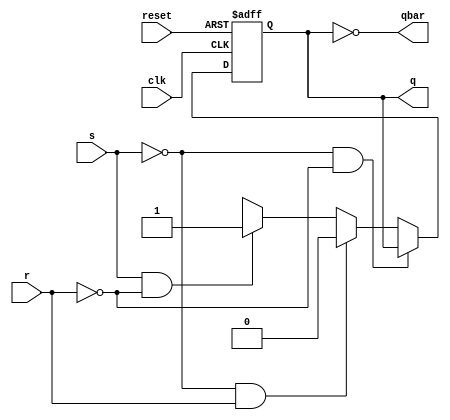
module sr_flipflop(input s,
                   input r,
                  input clk,
                   input reset,
                  output reg q,
                   output reg qbar);
  always @(posedge clk or negedge reset)begin
    if (~reset)
      q=0;
   else if(s==0 && r==0)begin
        q<=q;
    end
    else if(s==0 && r==1)begin
       q<=0;
    end
      else if(s==1&& r==0)begin
      q<=1;
    end
    else
     q=1'bx;
  end
     assign qbar=~q;
    
endmodule